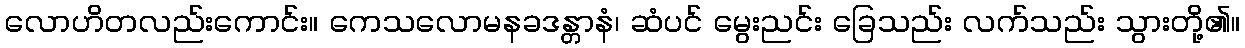
လောဟိတလည်းကောင်း။ ကေသလောမနခဒန္တာနံ၊ ဆံပင် မွေးညင်း ခြေသည်း လက်သည်း သွားတို့၏။